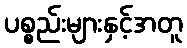
ပစ္စည်းများနှင့်အတူ